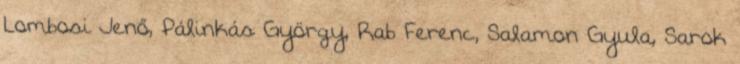
Lombosi Jenő, Pálinkás György, Rab Ferenc, Salamon Gyula, Sarok